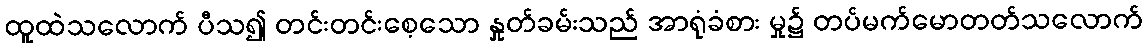
ထူထဲသလောက် ပီသ၍ တင်းတင်းစေ့သော နှုတ်ခမ်းသည် အာရုံခံစား မှု၌ တပ်မက်မောတတ်သလောက်